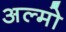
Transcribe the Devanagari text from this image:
अल्मो